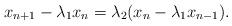
LaTeX: \begin{align*}x_{n+1} -\lambda_1x_n=\lambda_2(x_n -\lambda_1x_{n-1}). \end{align*}